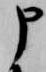
申